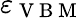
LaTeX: \varepsilon_{\mathrm{~V~B~M~}}